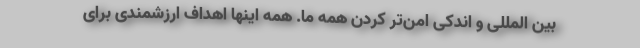
بین المللی و اندکی امن‌تر کردن همه ما. همه اینها اهداف ارزشمندی برای